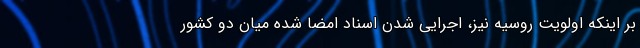
بر اینکه اولویت روسیه نیز، اجرایی شدن اسناد امضا شده میان دو کشور